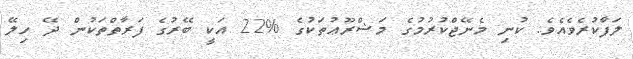
ލަފާކުރެވެއެވެ. ކުނި މެނޭޖްކުރުމުގެ މަޝްރޫޢުތަކުގެ %22 އަކީ ބޭރުގެ ފަރާތްތަކުން ދޭ ހިލޭ